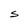
Character: S